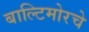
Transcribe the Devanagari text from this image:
बाल्टिमोरचे